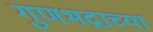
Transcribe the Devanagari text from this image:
गुणभद्राच्या